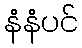
နံနံပင်